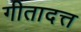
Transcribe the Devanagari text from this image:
गीतादत्त